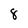
Character: 8